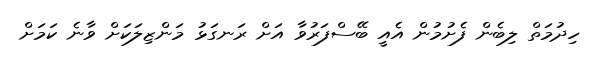
ހިދުމަތް ލިބެން ފެށުމުން އެއީ ބޭސްފަރުވާ އަށް ރަނގަޅު މަންޒިލަކަށް ވާނެ ކަމަށް